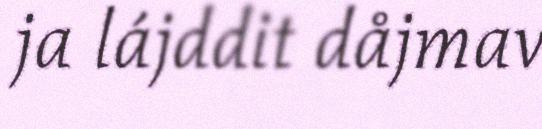
ja lájddit dåjmav